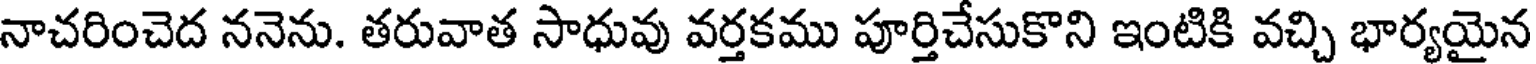
నాచరించెద ననెను. తరువాత సాధువు వర్తకము పూర్తిచేసుకొని ఇంటికి వచ్చి భార్యయైన